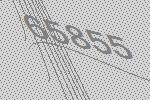
65855